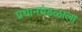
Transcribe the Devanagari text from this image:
प्रधानमंडळाला